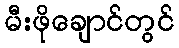
မီးဖိုချောင်တွင်